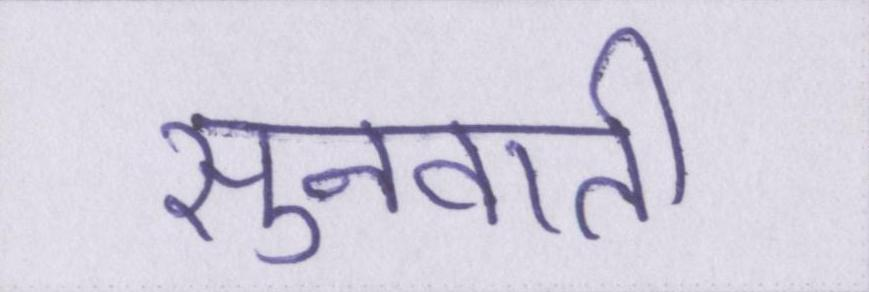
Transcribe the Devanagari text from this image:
सुनवाती